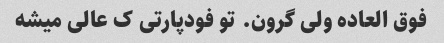
فوق العاده ولی گرون. تو فودپارتی ک عالی میشه